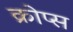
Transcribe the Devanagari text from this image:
क्रोप्स